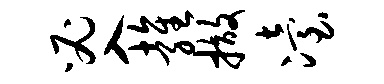
必入雍撤冶